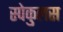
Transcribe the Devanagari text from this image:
स्पेकुलस